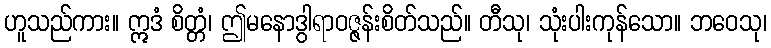
ဟူသည်ကား။ ဣဒံ စိတ္တံ၊ ဤမနောဒွါရာဝဇ္ဇန်းစိတ်သည်။ တီသု၊ သုံးပါးကုန်သော။ ဘဝေသု၊